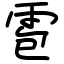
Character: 雹